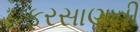
ફરસાણની